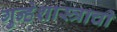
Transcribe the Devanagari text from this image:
गुन्हेशास्त्राची